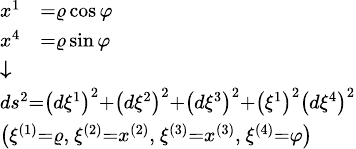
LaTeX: \scriptstyle{\begin{array}{l}{{\begin{array}{rl}{x^{1}}&{=\varrho\cos\varphi}\\ {x^{4}}&{=\varrho\sin\varphi}\end{array}}}\\ {{\boldsymbol{\downarrow}}}\\ {ds^{2}=\left(d\xi^{1}\right)^{2}+\left(d\xi^{2}\right)^{2}+\left(d\xi^{3}\right)^{2}+\left(\xi^{1}\right)^{2}\left(d\xi^{4}\right)^{2}}\\ {\left(\xi^{(1)}=\varrho,\ \xi^{(2)}=x^{(2)},\ \xi^{(3)}=x^{(3)},\ \xi^{(4)}=\varphi\right)}\end{array}}